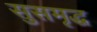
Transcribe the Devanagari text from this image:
सुसमृद्ध